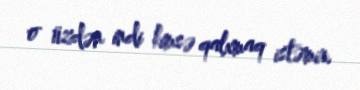
o üzdən indi kimsə qalxmaq istəmir.